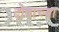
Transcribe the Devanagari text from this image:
दोषाच्या